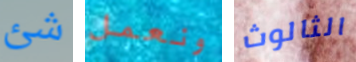
شئ ونعمل الثالوث